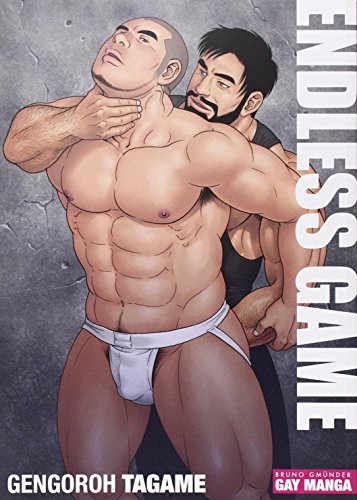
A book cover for Endless Game; Gengoroh Tagame; Comics & Graphic Novels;